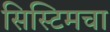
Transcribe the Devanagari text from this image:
सिस्टिमचा